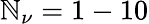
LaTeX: \mathbb{N}_{\nu}=1-10